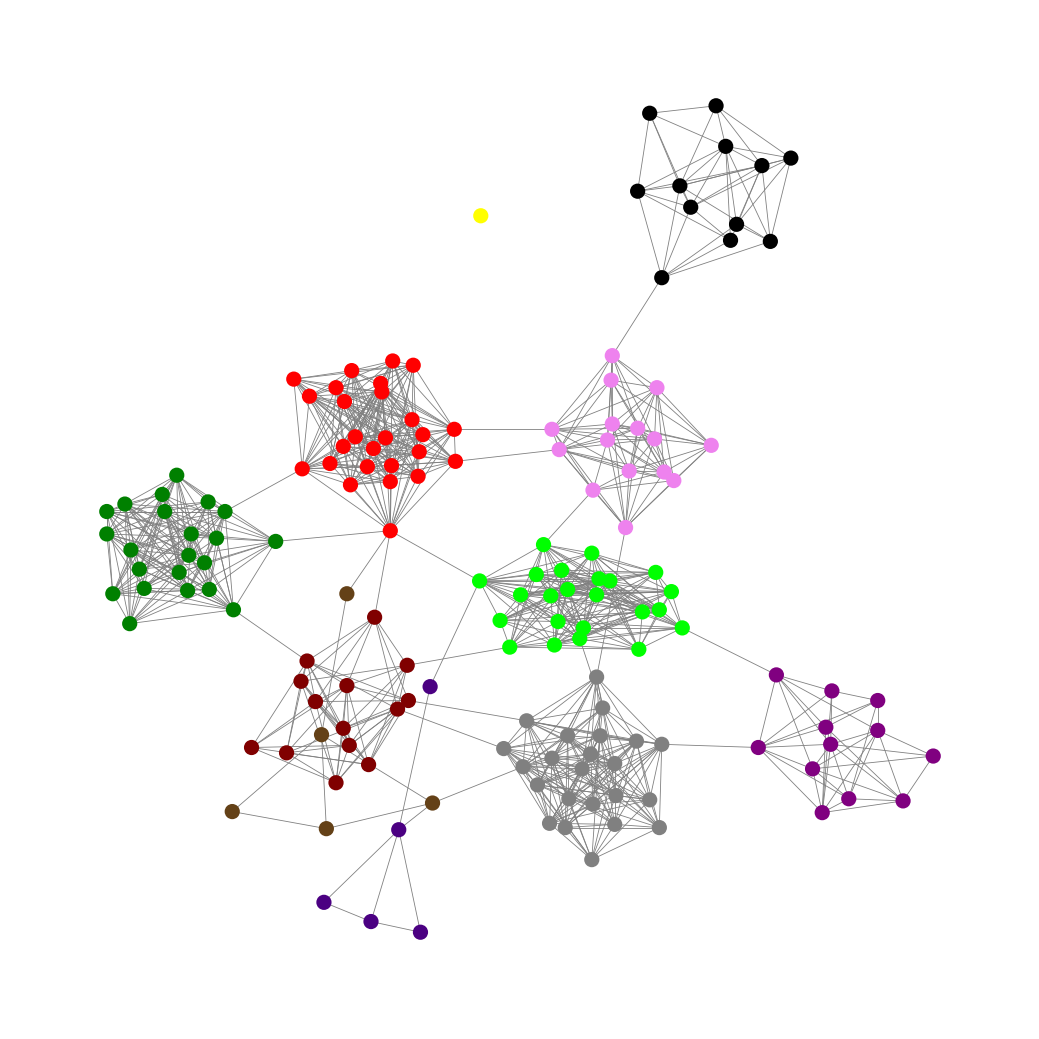
Graph connected: No
Number of connected components: 2
Number of singletons: 1
Total number of nodes: 158
Total number of edges: 966
Number of communities: 11
Community sizes:
Black: 12
Gray: 23
Green: 22
Indigo: 5
Lime: 23
Maroon: 14
Pullman Brown: 5
Purple: 12
Red: 26
Violet: 15
Yellow: 1
Graph layout: tda
Graph generation method: erdos_renyi